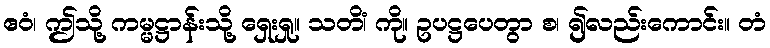
ဧဝံ၊ ဤသို့ ကမ္မဋ္ဌာန်းသို့ ရှေးရှု။ သတိံ၊ ကို။ ဥပဋ္ဌပေတွာ စ၊ ၍လည်းကောင်း။ တံ